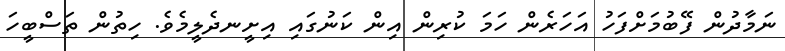
ނަމާދުން ފޭބުމަށްފަހު އަހަރެން ހަމަ ކުރިން އިން ކަނުގައި އިށީނދެލީމެވެ. ހިތުން ތަސްބީހަ